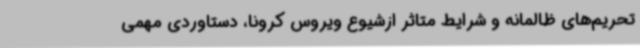
تحریم‌های ظالمانه و شرایط متاثر ازشیوع ویروس کرونا، دستاوردی مهمی